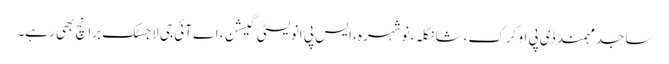
ساجد مہمند ڈی پی او کرک، شانگلہ، نوشہرہ، ایس پی انویسٹی گیشن، اے آئی جی لاجسٹک برانچ بھی رہے۔